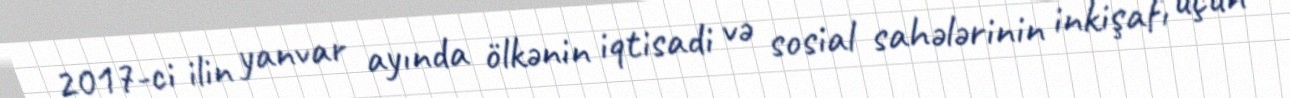
2017-ci ilin yanvar ayında ölkənin iqtisadi və sosial sahələrinin inkişafı üçün